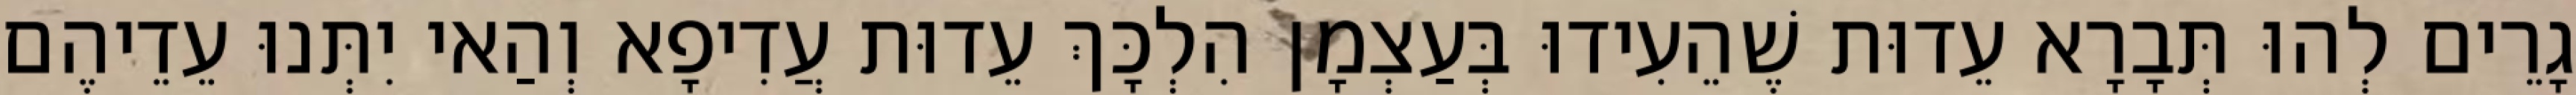
גָרֵים לְהוּ תְּבָרָא עֵדוּת שֶׁהֵעִידוּ בְּעַצְמָן הִלְכָּךְ עֵדוּת עֲדִיפָא וְהַאי יִתְּנוּ עֵדֵיהֶם